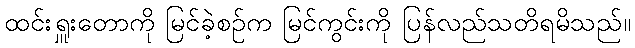
ထင်းရှူးတောကို မြင်ခဲ့စဉ်က မြင်ကွင်းကို ပြန်လည်သတိရမိသည်။